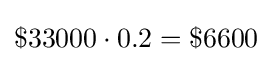
\$33000\cdot 0.2=\$6600